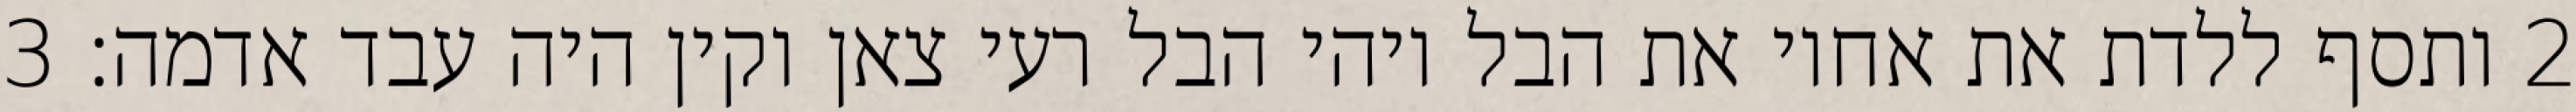
‎2‏ ותסף ללדת את אחיו את הבל ויהי הבל רעי צאן וקין היה עבד אדמה׃ ‎3‏